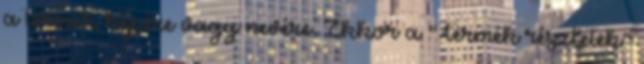
a termék képére vagy nevére. Ekkor a "Termék részletek"